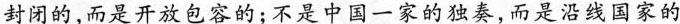
封闭的，而是开放包容的；不是中国一家的独奏，而是沿线国家